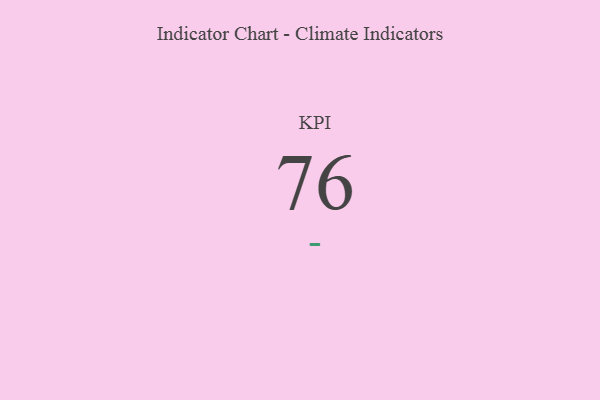
{"axis": {"x": "KPI", "y": "Value"}, "legend": [""], "data": [{"x": "KPI", "y": 76, "type": ""}]}